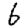
Digit: 6